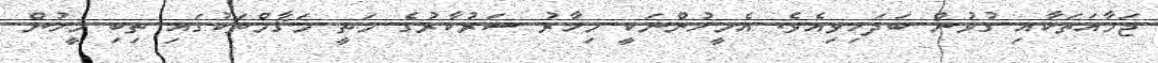
ޖަމާއަތަކާއި ގުޅުން ބަދަހިވިއެވެ. އެމީހުންނަކީ މިހާރު ސަރުކާރުގެ މަތީ މަޤާމްތަކުގައި ތިބި މީހުން